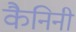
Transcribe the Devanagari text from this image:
कैनिनी